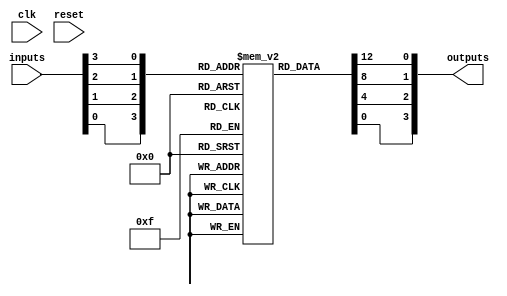
module EPLD (
    input wire clk,               // Clock signal
    input wire reset,             // Reset signal
    input wire [N-1:0] inputs,    // Input signals
    output wire [M-1:0] outputs    // Output signals
);

parameter N = 8; // Number of input signals
parameter M = 4; // Number of output signals

// IOBs
wire [N-1:0] iob_inputs;
wire [M-1:0] iob_outputs;

// Logic Blocks
wire [N-1:0] lb_outputs;
wire [N-1:0] lb_inputs;

// Configuration memory (for LUTs)
reg [3:0] lut [0:15]; // Example LUTs for combinational logic

// Initialize LUTs (example configuration)
initial begin
    lut[0] = 4'b0000; // LUT for input 0000
    lut[1] = 4'b0001; // LUT for input 0001
    // Add more LUT configurations as needed
end

// Logic Block Implementation
generate
    genvar i;
    for (i = 0; i < N; i = i + 1) begin : logic_block
        // Example LUT usage
        assign lb_outputs[i] = lut[inputs[i]];
    end
endgenerate

// Interconnect Network
assign lb_inputs = iob_inputs; // Connect IOB inputs to Logic Block inputs
assign iob_outputs = lb_outputs; // Connect Logic Block outputs to IOB outputs

// IOB Configuration
assign iob_inputs = inputs; // Input from external signals
assign outputs = iob_outputs; // Output to external signals

// Flip-Flops for state retention (if needed)
reg [M-1:0] state;
always @(posedge clk or posedge reset) begin
    if (reset) begin
        state <= 0;
    end else begin
        state <= iob_outputs; // Store output state
    end
end

endmodule